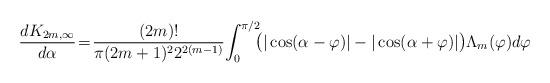
LaTeX: \begin{align*} {d K_{2m, \infty} \over d\alpha}\!=\!{(2m)! \over \pi(2m+1)^2 2^{2(m-1)}}\!\int_0^{\pi/2}\!\!\!\big ( |\cos(\alpha-\varphi)|-|\cos(\alpha+\varphi)|\big )\Lambda_m(\varphi)d\varphi\end{align*}